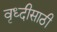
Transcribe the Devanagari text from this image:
वृध्दीसाठी